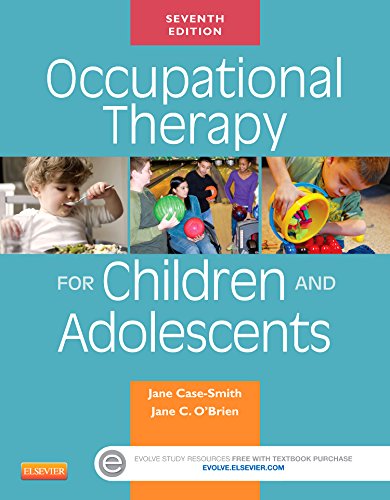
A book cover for Occupational Therapy for Children and Adolescents, 7e (Case Review); Jane Case-Smith EdD  OTR/L  FAOTA; Medical Books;